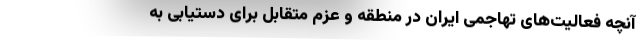
آنچه فعالیت‌های تهاجمی ایران در منطقه و عزم متقابل برای دستیابی به